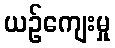
ယဉ်ကျေးမှု